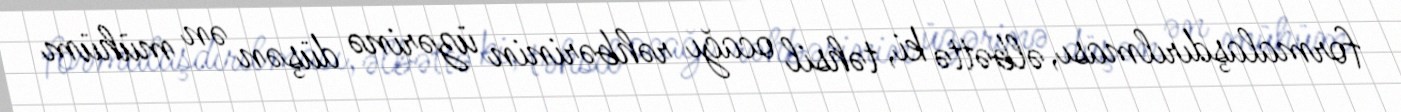
formalaşdırılması, əlbəttə ki, təhsil ocağı rəhbərinin üzərinə düşən ən mühüm